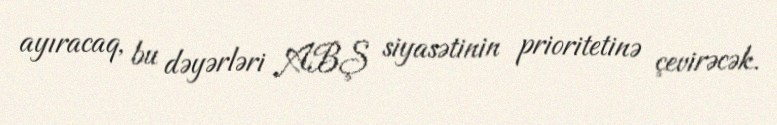
ayıracaq, bu dəyərləri ABŞ siyasətinin prioritetinə çevirəcək.